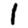
Digit: 1